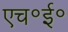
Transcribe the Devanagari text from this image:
एच॰ई॰